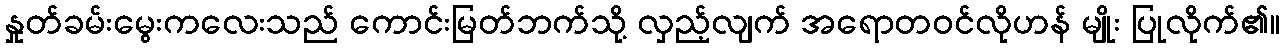
နှုတ်ခမ်းမွေးကလေးသည် ကောင်းမြတ်ဘက်သို့ လှည့်လျက် အရောတဝင်လိုဟန် မျိုး ပြုလိုက်၏။